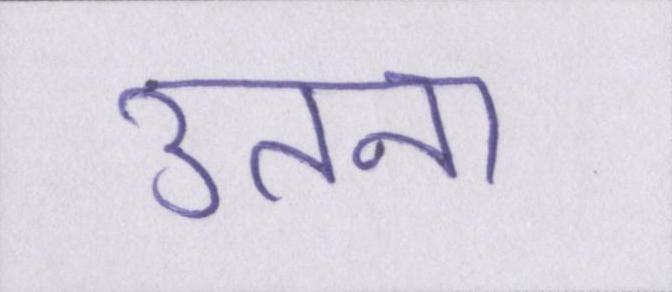
उतना